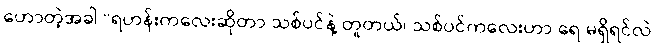
ဟောတဲ့အခါ “ရဟန်းကလေးဆိုတာ သစ်ပင်နဲ့ တူတယ်၊ သစ်ပင်ကလေးဟာ ရေ မရှိရင်လဲ